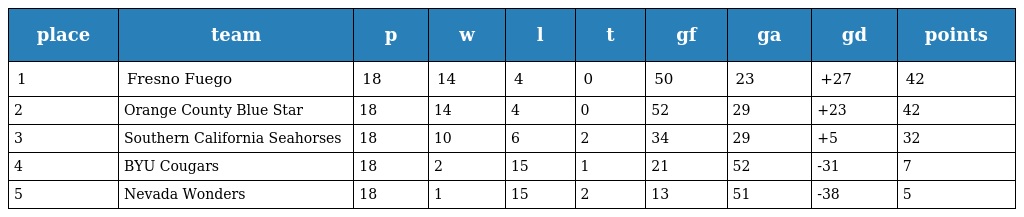
| place | team | p | w | l | t | gf | ga | gd | points |
 | --- | --- | --- | --- | --- | --- | --- | --- | --- | --- |
 | 1 | Fresno Fuego | 18 | 14 | 4 | 0 | 50 | 23 | +27 | 42 |
 | 2 | Orange County Blue Star | 18 | 14 | 4 | 0 | 52 | 29 | +23 | 42 |
 | 3 | Southern California Seahorses | 18 | 10 | 6 | 2 | 34 | 29 | +5 | 32 |
 | 4 | BYU Cougars | 18 | 2 | 15 | 1 | 21 | 52 | -31 | 7 |
 | 5 | Nevada Wonders | 18 | 1 | 15 | 2 | 13 | 51 | -38 | 5 |